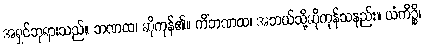
အရှင်ဘုရားသည်။ ဘဏထ၊ ဆိုကုန်၏။ ကိံဘဏထ၊ အဘယ်သို့ဆိုကုန်သနည်း။ ယံကိဉ္စိ၊